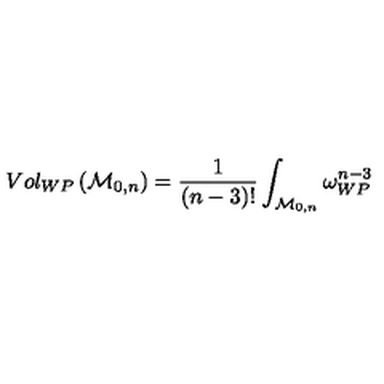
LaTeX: V o l _ { W P } \left( { \cal M } _ { 0 , n } \right) = \frac { 1 } { ( n - 3 ) ! } \int _ { { \cal M } _ { 0 , n } } \omega _ { W P } ^ { n - 3 }